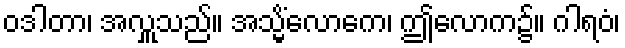
ဝဒါတာ၊ အလှူသည်။ အသ္မိံလောကေ၊ ဤလောက၌။ ဂါရဝံ၊